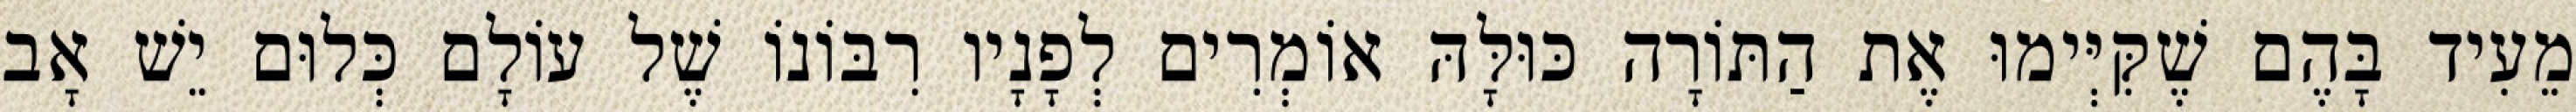
מֵעִיד בָּהֶם שֶׁקִּיְּימוּ אֶת הַתּוֹרָה כּוּלָּהּ אוֹמְרִים לְפָנָיו רִבּוֹנוֹ שֶׁל עוֹלָם כְּלוּם יֵשׁ אָב